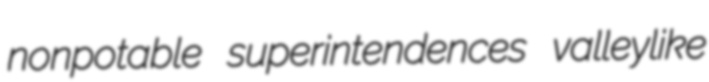
nonpotable superintendences valleylike